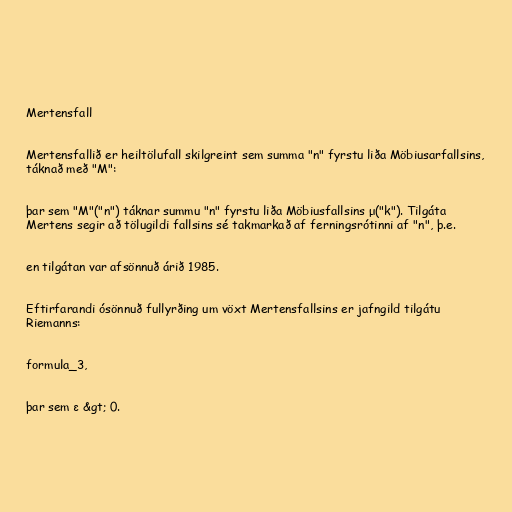
Mertensfall

Mertensfallið er heiltölufall skilgreint sem summa "n" fyrstu liða Möbiusarfallsins,
táknað með "M":

þar sem "M"("n") táknar summu "n" fyrstu liða Möbiusfallsins μ("k"). Tilgáta
Mertens segir að tölugildi fallsins sé takmarkað af ferningsrótinni af "n", þ.e.

en tilgátan var afsönnuð árið 1985.

Eftirfarandi ósönnuð fullyrðing um vöxt Mertensfallsins er jafngild tilgátu
Riemanns:

formula_3,

þar sem ε &gt; 0.